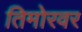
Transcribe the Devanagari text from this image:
तिमोरवर